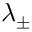
\lambda _ { \pm }